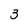
Character: 3